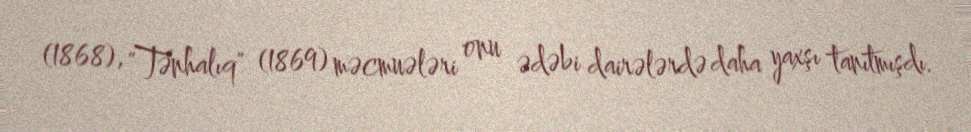
(1868), "Tənhalıq" (1869) məcmuələri onu ədəbi dairələrdə daha yaxşı tanıtmışdı.